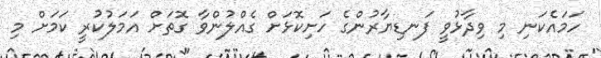
ހަމައެކަނި މި ވިދާޅުވީ ފަނޑިޔާރުންގެ ހަށިކޮޅަށް ގެއްލުންވާ ގޮތަށް އަމަލުކުރީ ކަމަށް މި